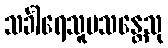
သင်္ခါရေသူပသန္တေသု